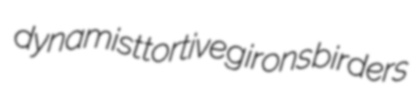
dynamist tortive girons birders